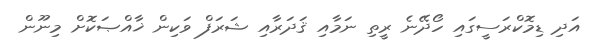
އަދި ޑިމޮކްރަސީގައި ހޯދޭނެ ރީތި ނަމާއި ޤަދަރާއި ޝަރަފް ވަކިން ޚާއްޞަކޮށް މިނޫން